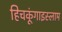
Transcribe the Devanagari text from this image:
हिचकूंगाइस्लाम